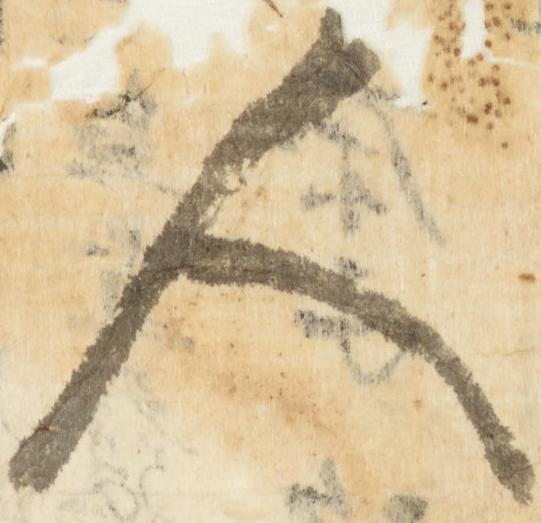
人